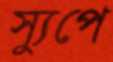
স্যুপে